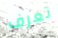
تعرف